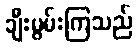
ချီးမွမ်းကြသည်